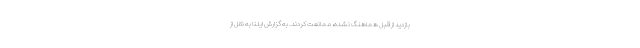
بازدید از قبل هماهنگ نشده، ممانعت کردند. به گزارش ایلنا به نقل از